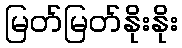
မြတ်မြတ်နိုးနိုး